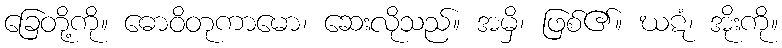
ခြေတို့ကို။ ဓောဝိတုကာမော၊ ဆေးလိုသည်။ အမှိ၊ ဖြစ်၏။ ဃဋံ၊ အိုးကို။